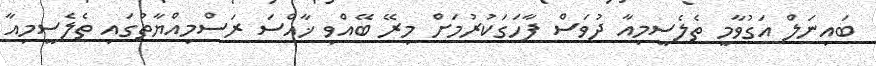
ބައިނަލް އަގުވާމީ ތެލެސީމިއާ ދުވަސް ފާހަގަކުރުމަށް މިރޭ ބޭއްވި ޚާއްސަ ރަސްމިއްޔާތުގައި ތެލެސީމިއާ